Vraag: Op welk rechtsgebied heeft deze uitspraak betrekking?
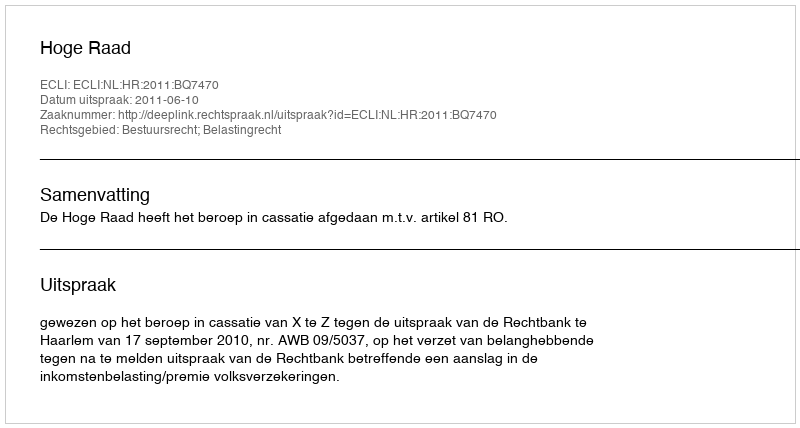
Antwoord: Bestuursrecht; Belastingrecht